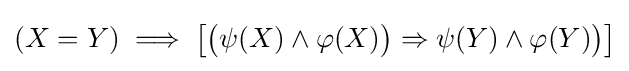
(X=Y)\implies {\bigl [}{\bigl (}\psi (X)\land \varphi (X){\bigr )}\Rightarrow \psi (Y)\land \varphi (Y){\bigr )}{\bigr ]}